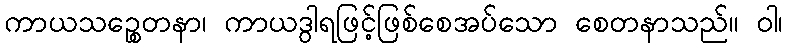
ကာယသဉ္စေတနာ၊ ကာယဒွါရဖြင့်ဖြစ်စေအပ်သော စေတနာသည်။ ဝါ၊